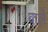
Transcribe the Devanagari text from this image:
बार्ले